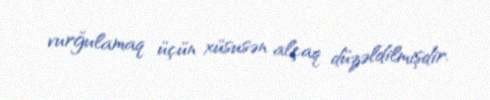
vurğulamaq üçün xüsusən alçaq düzəldilmişdir.